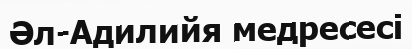
Әл-Адилийя медресесі